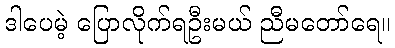
ဒါပေမဲ့ ပြောလိုက်ရဦးမယ် ညီမတော်ရေ။